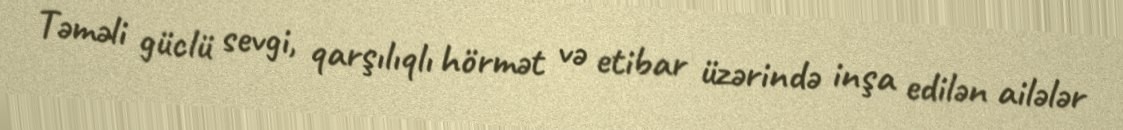
Təməli güclü sevgi, qarşılıqlı hörmət və etibar üzərində inşa edilən ailələr